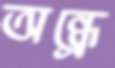
অন্ধ্রে